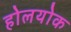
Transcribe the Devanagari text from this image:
होलयोक